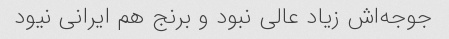
جوجه‌اش زیاد عالی نبود و برنج هم ایرانی نیود